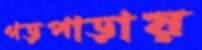
গড়পাড়ায়